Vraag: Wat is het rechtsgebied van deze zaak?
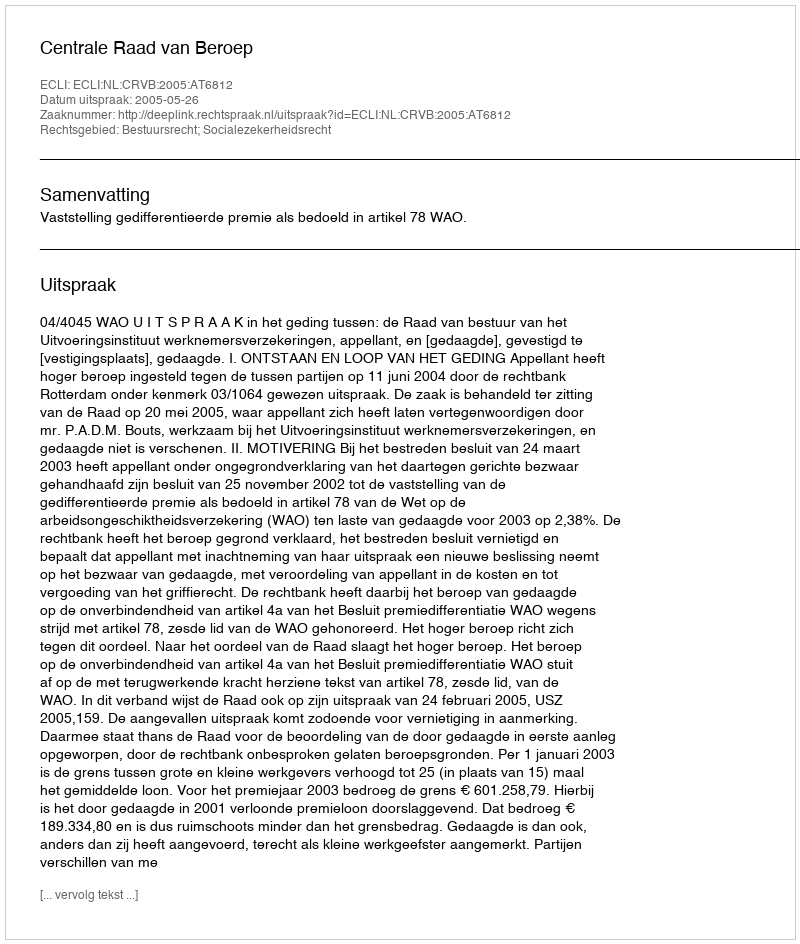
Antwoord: Bestuursrecht; Socialezekerheidsrecht